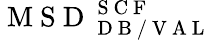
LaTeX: \mathrm{~M~S~D~}_{\mathrm{~D~B~/~V~A~L~}}^{\mathrm{~S~C~F~}}